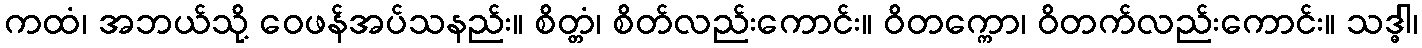
ကထံ၊ အဘယ်သို့ ဝေဖန်အပ်သနည်း။ စိတ္တံ၊ စိတ်လည်းကောင်း။ ဝိတက္ကော၊ ဝိတက်လည်းကောင်း။ သဒ္ဓါ၊